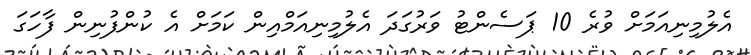
އެލުމިނިއަމަށް ވުރެ 10 ޕަސެންޓު ވަރުގަދަ އެލުމިނިއަމްއިން ކަމަށް އެ ކުންފުނިން ފާހަގަ